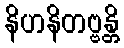
နိဟနိတဗ္ဗန္တိ